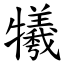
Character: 犧